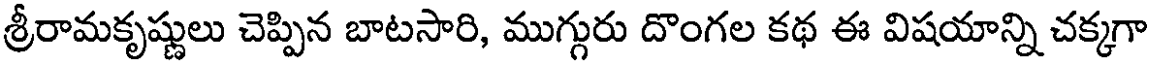
శ్రీరామకృష్ణులు చెప్పిన బాటసారి, ముగ్గురు దొంగల కథ ఈ విషయాన్ని చక్కగా